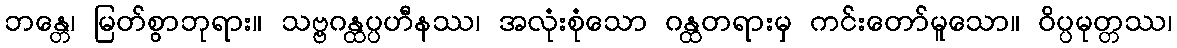
ဘန္တေ၊ မြတ်စွာဘုရား။ သဗ္ဗဂန္ထပ္ပဟီနဿ၊ အလုံးစုံသော ဂန္ထတရားမှ ကင်းတော်မူသော။ ဝိပ္ပမုတ္တဿ၊